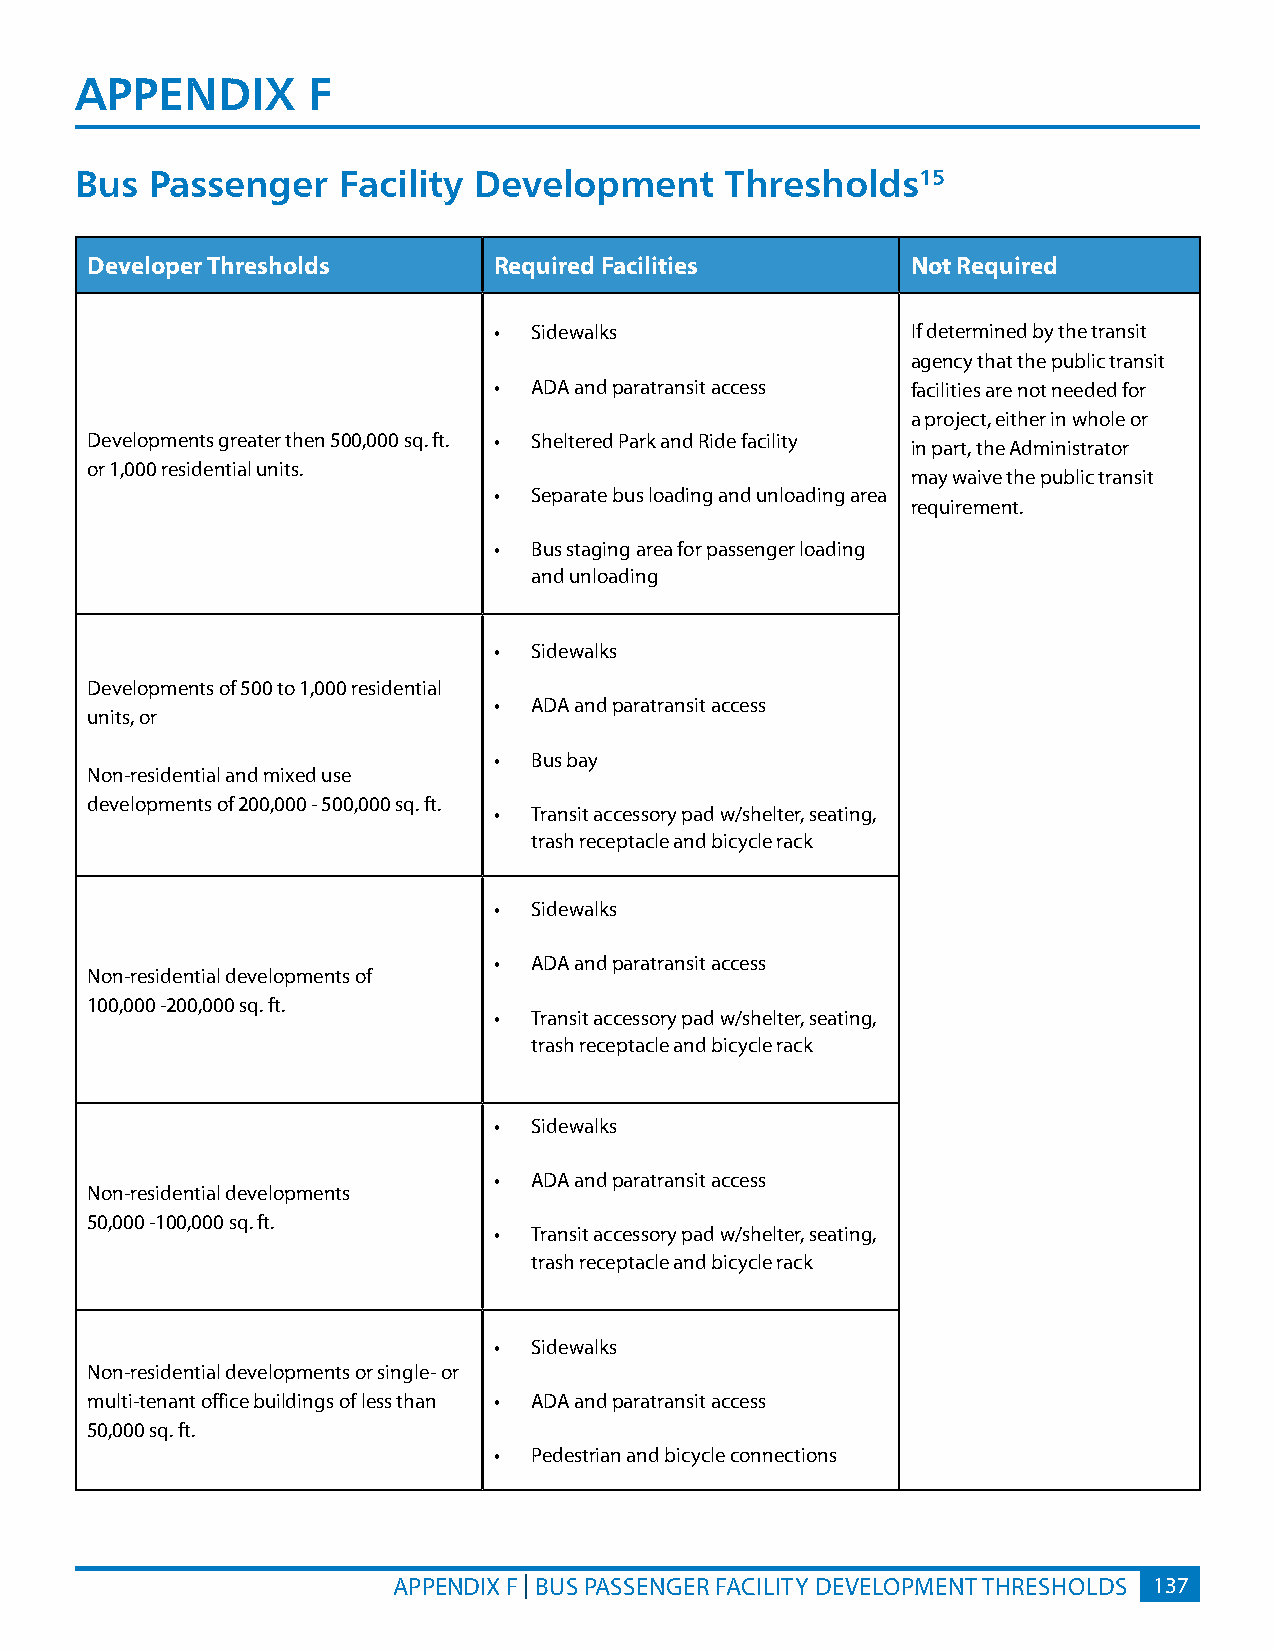
APPENDIx       F
 Bus  Passenger   Facility Development      Thresholds15
 Developer Thresholds       Required Facilities        Not Required
 • Sidewalks                If determined by the transit
 agency that the public transit
 • ADA and paratransit access facilities are not needed for
 a project, either in whole or
 Developments greater then 500,000 sq. ft. • Sheltered Park and Ride facility
 in part, the Administrator
 or 1,000 residential units.
 may waive the public transit
 • Separate bus loading and unloading area
 requirement.
 • Bus staging area for passenger loading
 and unloading
 • Sidewalks
 Developments of 500 to 1,000 residential
 • ADA and paratransit access
 units, or
 • Bus bay
 Non-residential and mixed use
 developments of 200,000 - 500,000 sq. ft.
 • Transit accessory pad w/shelter, seating,
 trash receptacle and bicycle rack
 • Sidewalks
 • ADA and paratransit access
 Non-residential developments of
 100,000 -200,000 sq. ft.
 • Transit accessory pad w/shelter, seating,
 trash receptacle and bicycle rack
 • Sidewalks
 • ADA and paratransit access
 Non-residential developments
 50,000 -100,000 sq. ft.
 • Transit accessory pad w/shelter, seating,
 trash receptacle and bicycle rack
 • Sidewalks
 Non-residential developments or single- or
 multi-tenant office buildings of less than • ADA and paratransit access
 50,000 sq. ft.
 • Pedestrian and bicycle connections
 APPENDIX F | BUS PASSENGER FACILITY DEVELOPMENT THRESHOLDS 137